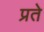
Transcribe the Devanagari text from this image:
प्रते